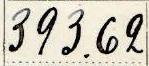
393.62